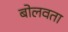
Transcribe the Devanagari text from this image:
बोलवता